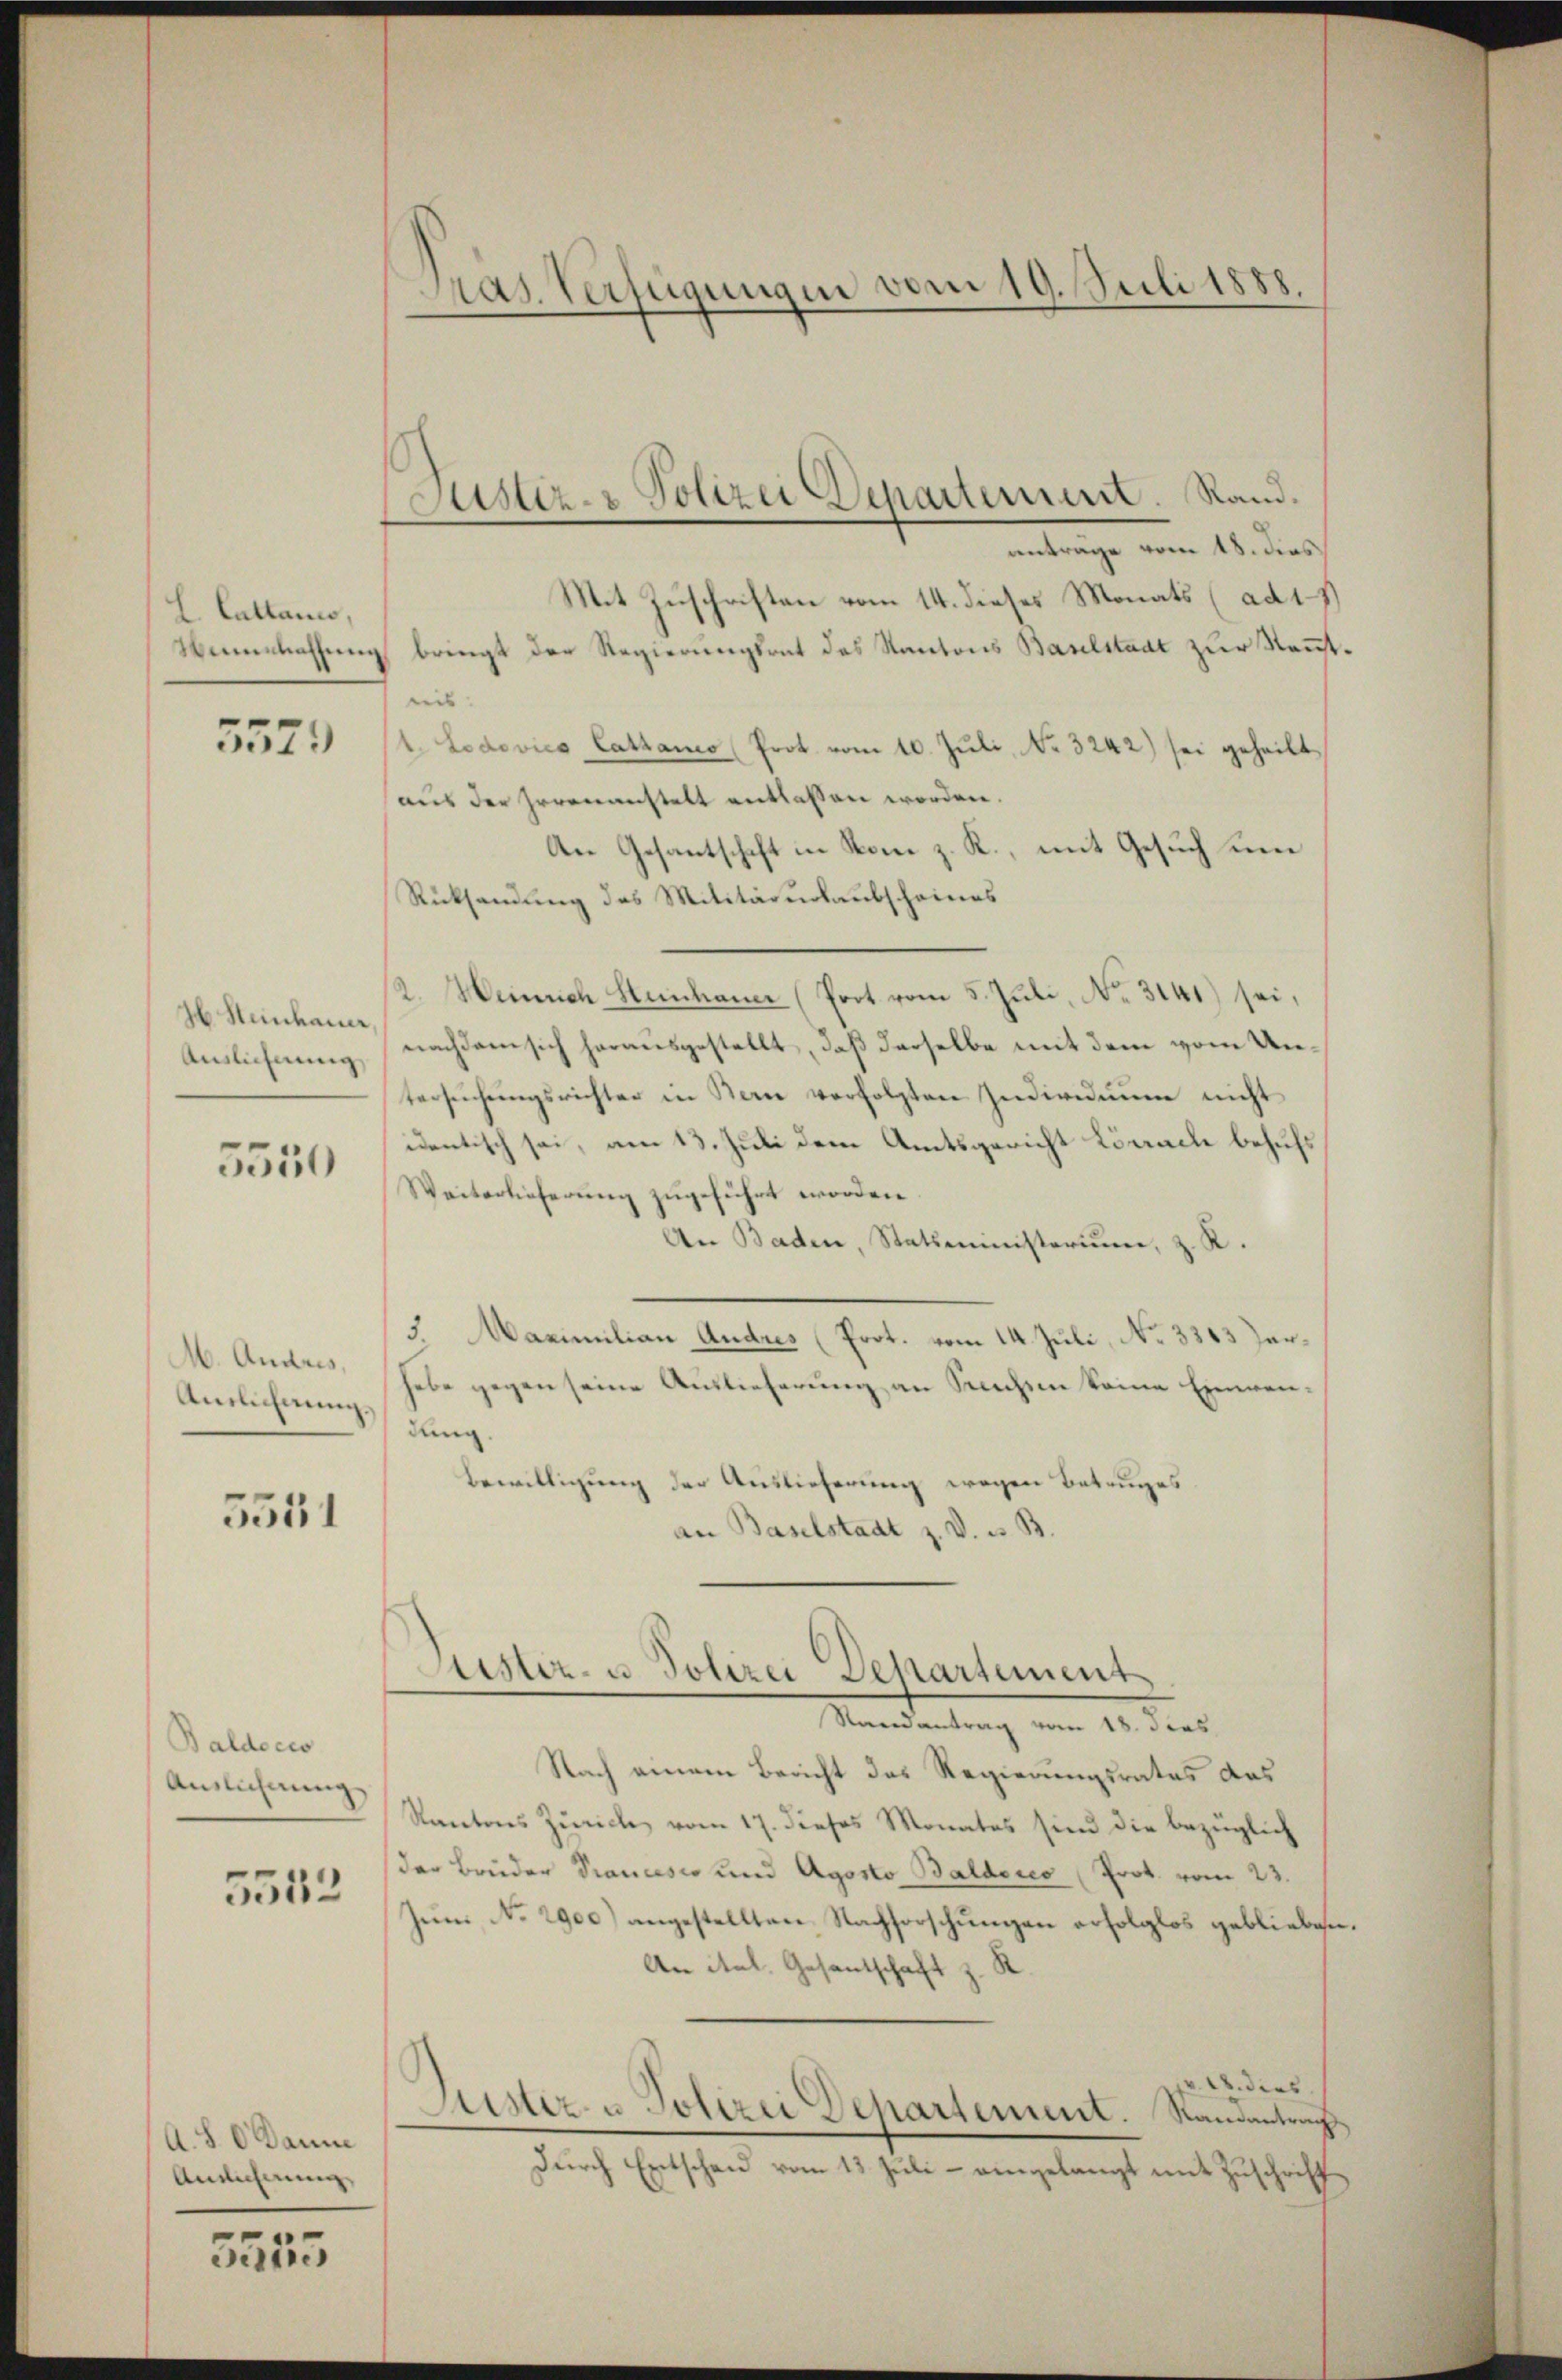
L. Cattanis,

5579

H. Steinhauer,
Auslichnung

5550

M. Andres,
Anslichnung,

5351

Baldoces
Auslichnung

5552

A. S. O Danie
Anführung

5555

Pras. Verfügungen vom 19. Juli 1888.

Mit Zuschriften vom 14. dieses Monats (ad 11
Wenbachung bringt der Regierungsrat des Kantons Baselstaat zur Kenntreis. |
t. Lodovics Cathaus (Prot. vom 10. Jŭli, No 3242) sei geheilt
aus der Irrenanstalt entlassen worden.
An Gesantschaft in Rom z. R., mit Gesuch um
Rücksendung des Militärurlaubscheines
2. Heinrich Steinhauer (Prot vom 5. Juli, No. 3141) sei,
nachdem sich herausgestellt, daß derselbe mit dem vom Untersŭchŭngsrichter in Bern verfolgten Individuum nicht
identisch sei, am 13. Juli dem Amtsgericht Lörrach behufs
Weiterlieferung zugeführt worden.
An Baden, Statsministerium, z. R.
/3. Maximilian Andres (Prot. vom 14. Juli, No 3363 Zerhabe gegen seine Auslieferung an Sechsen keine Einwendung.
Bewilligung der Auslieferung wegen Betruges
an Baselstadt z. V. u. B
Puster- u. Polizei Departement

Justiz- & Polizei Departement. Rand.
antrage vom 18. dies

Randantrag vom 18. Jcas,

Nach einem Bericht des Regierungsrates das
Kantons Zürich vom 17. dieses Monates sind die bezüglich
der Brüder Prancisco und Agosto Baldeico (Prot. vom 23.
Juni No 2900) angestellten Nachforschungen erfolglos geblieben.
An ital. Gesantschaft z. R.
A dies
Lesez u. Polizei Departement. Randantrag
Durch Entschau vom 13. Juli – eingelangt mit Zuschrift
7